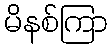
မိနစ်ကြာ